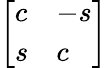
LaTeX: \left[\begin{array}{ll}{c}&{-s}\\ {s}&{c}\end{array}\right]